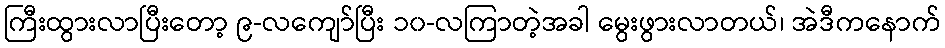
ကြီးထွားလာပြီးတော့ ၉-လကျော်ပြီး ၁၀-လကြာတဲ့အခါ မွေးဖွားလာတယ်၊ အဲဒီကနောက်